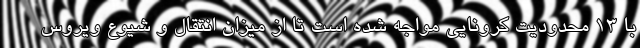
با ۱۳ محدودیت کرونایی مواجه شده است تا از میزان انتقال و شیوع ویروس